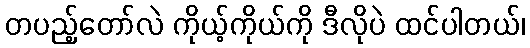
တပည့်တော်လဲ ကိုယ့်ကိုယ်ကို ဒီလိုပဲ ထင်ပါတယ်၊